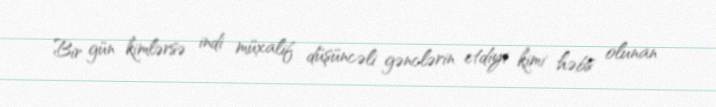
Bir gün kimlərsə indi müxalif düşüncəli gənclərin etdiyi kimi həbs olunan